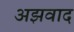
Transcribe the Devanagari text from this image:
अझवाद